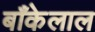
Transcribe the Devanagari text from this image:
बाँकेलाल